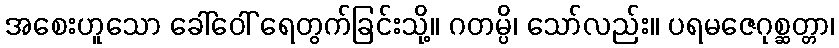
အစေးဟူသော ခေါ်ဝေါ် ရေတွက်ခြင်းသို့။ ဂတမ္ပိ၊ သော်လည်း။ ပရမဇေဂုစ္ဆတ္တာ၊